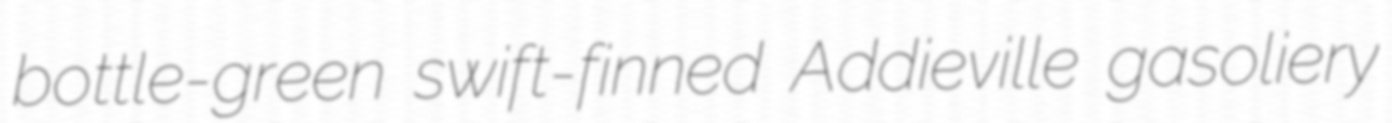
bottle-green swift-finned Addieville gasoliery